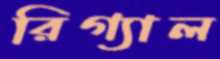
রিগ্যাল